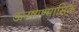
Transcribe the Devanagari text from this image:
ऊनषाण्मासिक